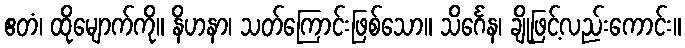
ဧတံ၊ ထိုမျောက်ကို။ နိဟနာ၊ သတ်ကြောင်းဖြစ်သော။ သိင်္ဂေန၊ ချိုဖြင့်လည်းကောင်း။